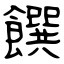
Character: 饌